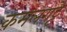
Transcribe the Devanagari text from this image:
कमलगट्टे